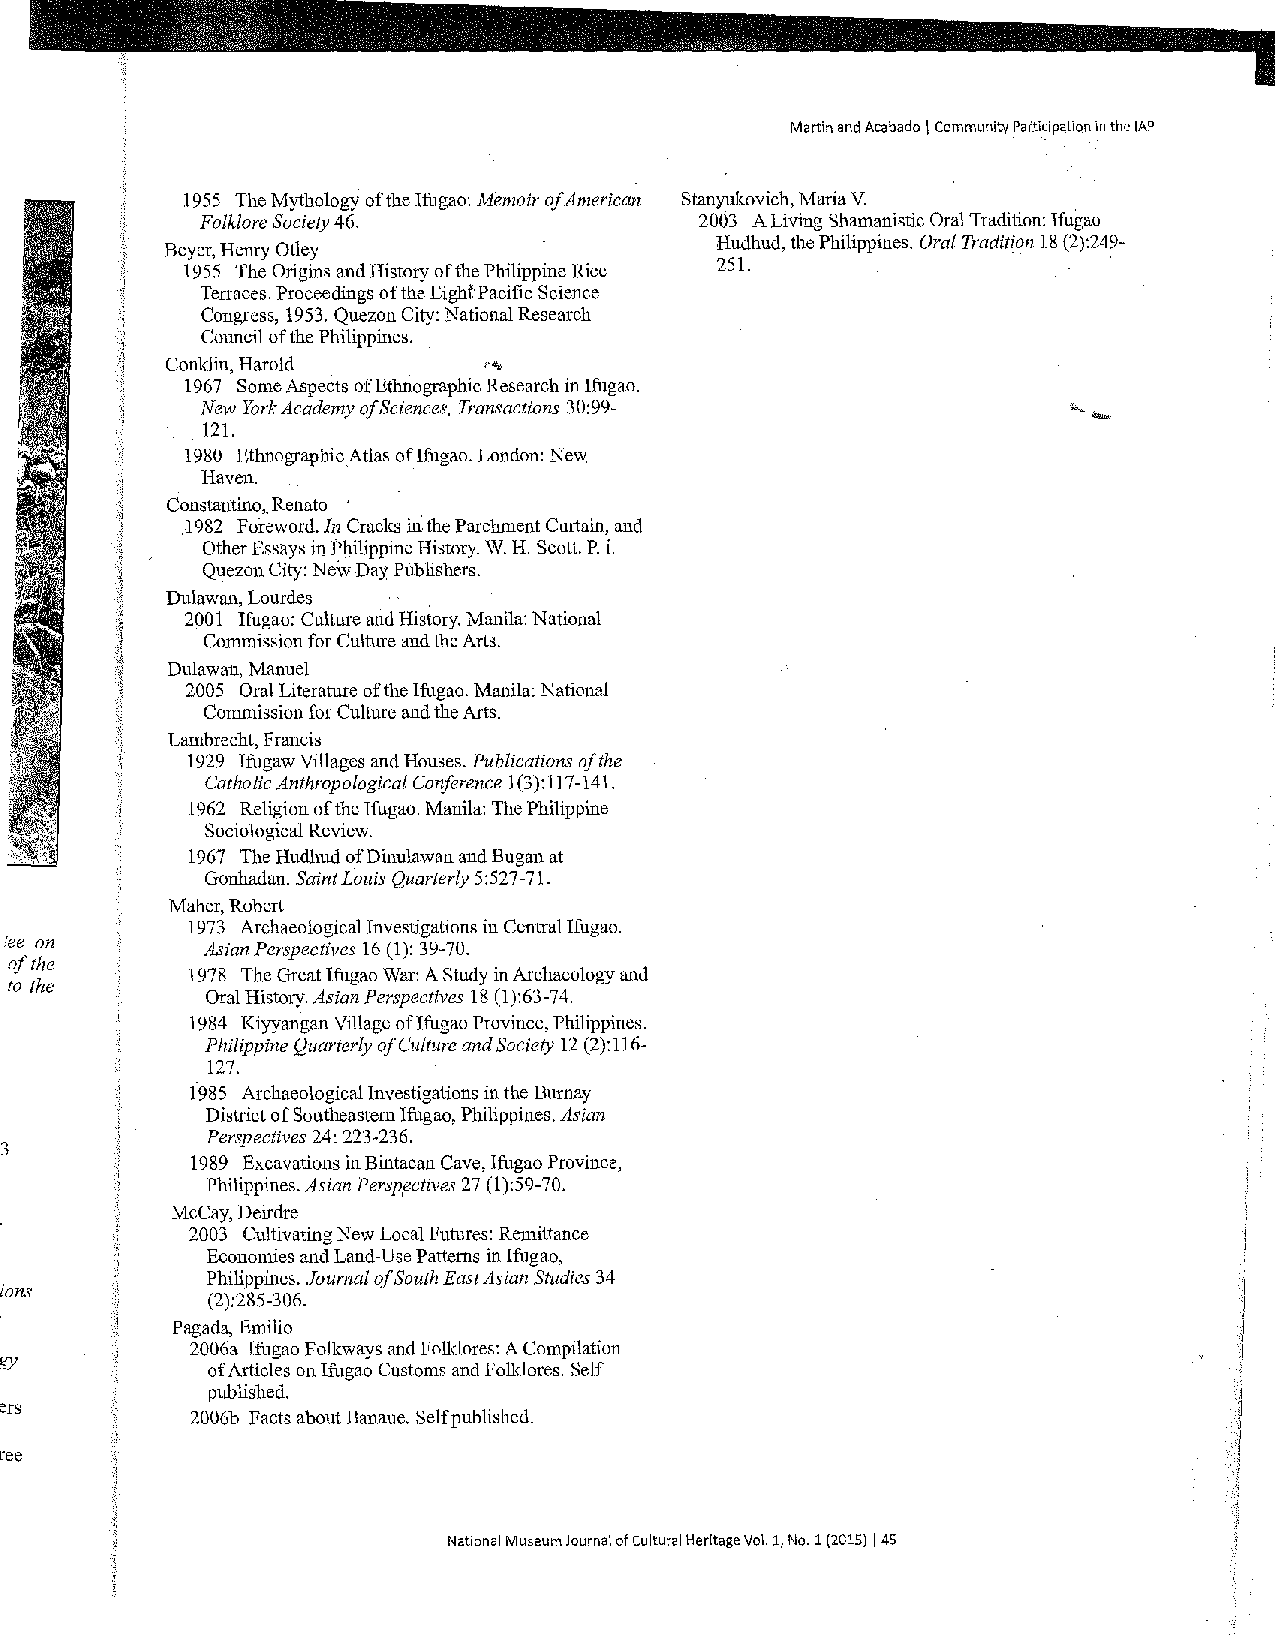
Martin and Acabado \ Community Participation in the IAP
 1955 The Mythology of the !fugao: Memoir ofA merican Stanyukovich, Maria V.
 Folklore Society 46.             2003 A Living Shamanistic Oral Tradition: Ifugao
 Hudhud, the Philippines. Oral Tradition 18 (2):249-
 Beyer, Henry Otley
 1955 The Origins and History of the Philippine Rice 251.
 Terraces. Proceedings of the Eight· Pacific Science
 Congress, 1953. Quezon City: National Research
 Council of the Philippines.
 Conklin, Harold     ,. . ..,.
 1967 Some Aspects of Ethnographic Research in Ifugao.
 New York Academy ofS ciences, Transactions 30:99-
 121.
 I 980 Ethnographic Atlas of!fugao. London: New
 1--Iaven.
 Constantino, .. Renato '
 1982 Foreword. Jn Cracks in. the Parchment Curtain, and
 Other Essays in Philippine History. W. H. Scott. P. i.
 Quezon City: New Day Publishers.
 Dulawan, Lourdes
 2001 lfugao: Culture and History. Manila: National
 Commission for Culture and the Arts.
 Dulawan, Manuel
 2005 Oral Literature of the lfugao. Manila: National
 Commission for Culture and the Arts.
 Lambrecht, Francis
 1929 IfugawVillages and Houses. Publications of the
 Catholic Anthropological Conference 1(3):117-141.
 1962 Religion of the Ifugao. Manila: The Philippine
 Sociological Review.
 1967 The Hudhud ofDinulawan and Bugan at
 Gonhadan. Saint Louis Quarterly 5:527-71.
 Maher, Robert
 1973 Archaeological Investigations in Central Ifugao.
 1ee on
 Asian Perspectives 16 (1): 39-70.
 of the
 1978 The Great lfugao War: A Study in Archaeology and
 to the
 Oral History. Asian Perspectives 18 (1):63-74.
 1984 Kiyyangan Village of!fugao Province, Philippines.
 Philippine Quarterly of Culture and Society 12 (2):116-
 127.
 1°985 Archaeological Investigations in the Burnay
 District of Southeastern Ifugao, Philippines. Asian
 Perspectives 24: 223-236.
 3
 1989 Excavations in Bintacan Cave, Ifugao Province,
 Philippines. Asian Persp,ectives 27 (1):59-70.
 McCay, Deirdre
 2003 Cultivating New Local Futures: Remittance
 Economies and Land-Use Patterns in Ifugao,
 Philippines. Journal of South East Asian Studies 34
 tions
 (2):285-306.
 Pagada, Emilio
 2006a lfugao Folkways and Folklores: A Compilation
 Jgy
 of Articles on Ifugao Customs andFolldores. Self
 published.
 ters
 2006b Facts about Banaue. Self published.
 liree
 National Museum Journal of Cultural Heritage Vol. 1, No. 1 (2015) I 45